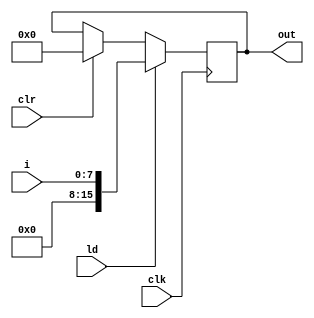
`timescale 1ns / 1ps
module reg1(i,clk,clr,ld,out);
input [7:0]i;
input clk,clr,ld;
output reg[15:0]out;

always@(posedge clk)begin
    if(clr==1)
        out <= 0;
    //Si load esta encendido almacenara el resultado de la variable result el cual es la suma de N veces A
    if(ld==1)
        out <= i;
end
endmodule